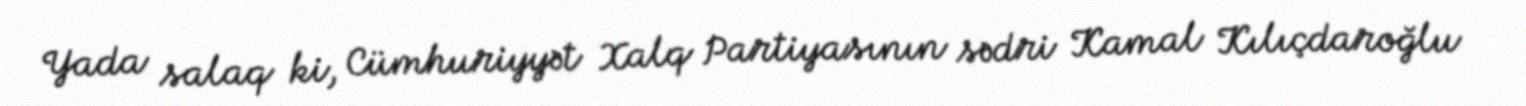
Yada salaq ki, Cümhuriyyət Xalq Partiyasının sədri Kamal Kılıçdaroğlu